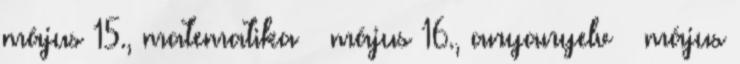
május 15., matematika – május 16., anyanyelv – május